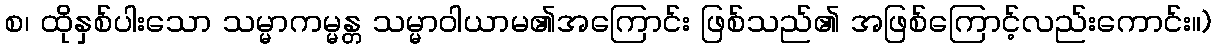
စ၊ ထိုနှစ်ပါးသော သမ္မာကမ္မန္တ သမ္မာဝါယာမ၏အကြောင်း ဖြစ်သည်၏ အဖြစ်ကြောင့်လည်းကောင်း။)